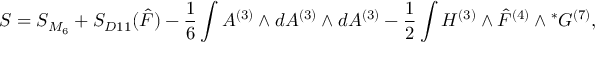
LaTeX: S = S _ { { \cal M } _ { 6 } } + S _ { D 1 1 } ( { \hat { F } } ) - { \frac { 1 } { 6 } } \int A ^ { ( 3 ) } \wedge d A ^ { ( 3 ) } \wedge d A ^ { ( 3 ) } - { \frac { 1 } { 2 } } \int H ^ { ( 3 ) } \wedge { \hat { F } } ^ { ( 4 ) } \wedge { } ^ { * } G ^ { ( 7 ) } ,